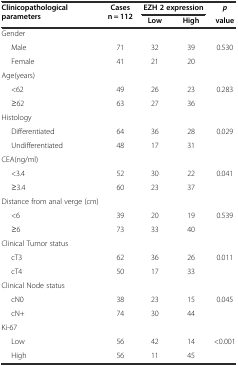
<table><thead><tr><td rowspan="2"><b>Clinicopathological parameters</b></td><td rowspan="2"><b>Cases n = 112</b></td><td colspan="2"><b>EZH 2 expression</b></td><td><b><i>p</i></b></td></tr><tr><td><b>Low</b></td><td><b>High</b></td><td><b>value</b></td></tr></thead><tbody><tr><td>Gender</td><td></td><td></td><td></td><td></td></tr><tr><td>Male</td><td>71</td><td>32</td><td>39</td><td>0.530</td></tr><tr><td>Female</td><td>41</td><td>21</td><td>20</td><td></td></tr><tr><td>Age(years)</td><td></td><td></td><td></td><td></td></tr><tr><td>&lt;62</td><td>49</td><td>26</td><td>23</td><td>0.283</td></tr><tr><td>≥62</td><td>63</td><td>27</td><td>36</td><td></td></tr><tr><td>Histology</td><td></td><td></td><td></td><td></td></tr><tr><td>Differentiated</td><td>64</td><td>36</td><td>28</td><td>0.029</td></tr><tr><td>Undifferentiated</td><td>48</td><td>17</td><td>31</td><td></td></tr><tr><td>CEA(ng/ml)</td><td></td><td></td><td></td><td></td></tr><tr><td>&lt;3.4</td><td>52</td><td>30</td><td>22</td><td>0.041</td></tr><tr><td>≥3.4</td><td>60</td><td>23</td><td>37</td><td></td></tr><tr><td>Distance from anal verge (cm)</td><td></td><td></td><td></td><td></td></tr><tr><td>&lt;6</td><td>39</td><td>20</td><td>19</td><td>0.539</td></tr><tr><td>≥6</td><td>73</td><td>33</td><td>40</td><td></td></tr><tr><td>Clinical Tumor status</td><td></td><td></td><td></td><td></td></tr><tr><td>cT3</td><td>62</td><td>36</td><td>26</td><td>0.011</td></tr><tr><td>cT4</td><td>50</td><td>17</td><td>33</td><td></td></tr><tr><td>Clinical Node status</td><td></td><td></td><td></td><td></td></tr><tr><td>cN0</td><td>38</td><td>23</td><td>15</td><td>0.045</td></tr><tr><td>cN+</td><td>74</td><td>30</td><td>44</td><td></td></tr><tr><td>Ki-67</td><td></td><td></td><td></td><td></td></tr><tr><td>Low</td><td>56</td><td>42</td><td>14</td><td>&lt;0.001</td></tr><tr><td>High</td><td>56</td><td>11</td><td>45</td><td></td></tr></tbody></table>